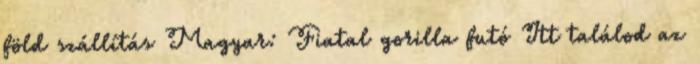
föld szállítás Magyar: Fiatal gorilla futó Itt találod az